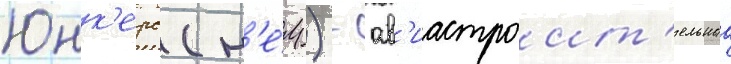
Юнк'ерс (н'е́м.) - ав'иастроит'ельнаа